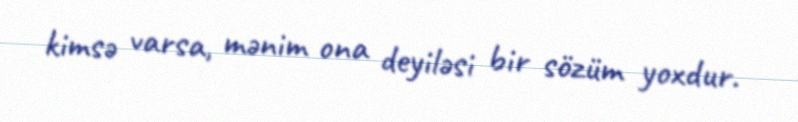
kimsə varsa, mənim ona deyiləsi bir sözüm yoxdur.